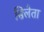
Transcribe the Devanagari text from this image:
सिलेता